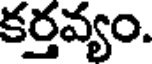
కర్తవ్యం.